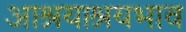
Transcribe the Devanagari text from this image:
आश्रयाश्रयभाव